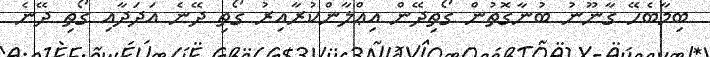
ބިމާބެހޭ ގާނޫނު ބުނާގޮތުން ގޯތިދޭން އިޢްލާންކުރާއިރު ގޯތި ދޭނެ އަދަދާއި ގޯތި ދޭނެ